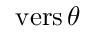
\operatorname { v e r s } \theta